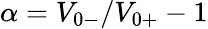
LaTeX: \alpha=V_{0-}/V_{0+}-1